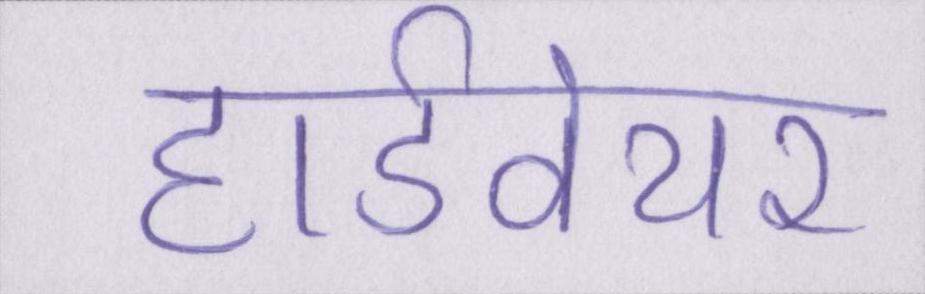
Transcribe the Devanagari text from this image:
हार्डवेयर